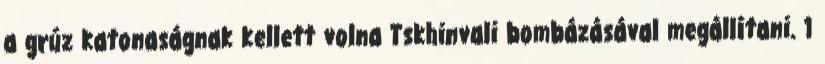
a grúz katonaságnak kellett volna Tskhinvali bombázásával megállítani. 1